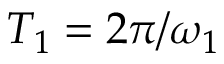
T _ { 1 } = 2 \pi / \omega _ { 1 }